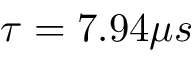
\tau = 7 . 9 4 \mu s